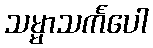
သမ္မာသင်္ကပေါ